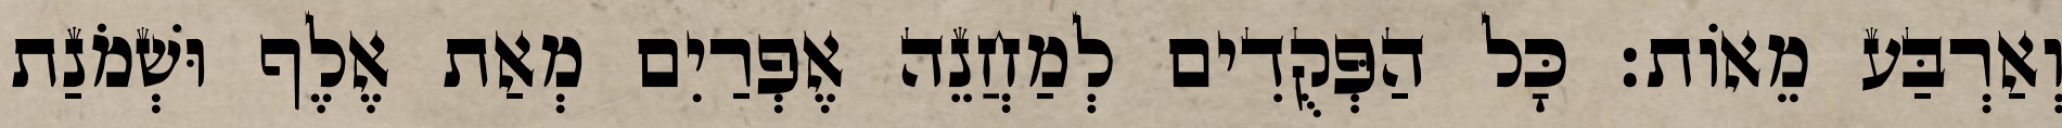
וְאַרְבַּע מֵאוֹת׃ כָּל הַפְּקֻדִים לְמַחֲנֵה אֶפְרַיִם מְאַת אֶלֶף וּשְׁמֹנַת